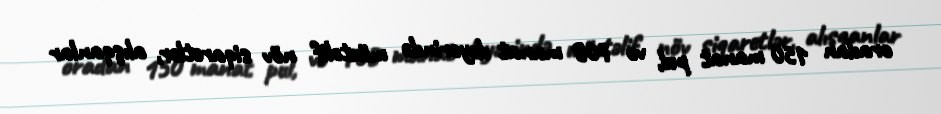
oradan 150 manat pul, və 708 manat dəyərində müxtəlif növ siqaretlər, alışqanlar